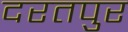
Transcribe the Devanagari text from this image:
दरतपुर